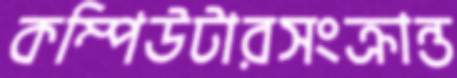
কম্পিউটারসংক্রান্ত